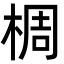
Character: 椆